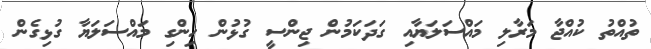
ތުއްތު ކުއްޖާ މަރާލި މައްސަލަޔާއި ގަދަކަމުން ޖިންސީ ގުޅުން ހިންގި މައްސަލަޔާ ގުޅިގެން